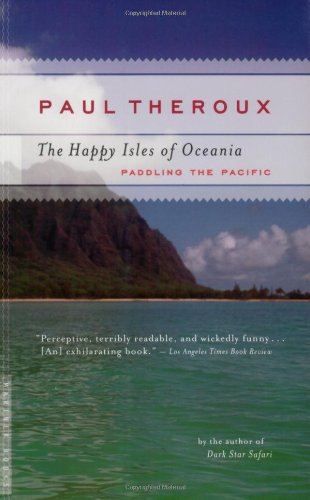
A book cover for The Happy Isles of Oceania: Paddling the Pacific; Paul Theroux; Sports & Outdoors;